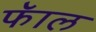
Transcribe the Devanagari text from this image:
फॅाल